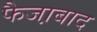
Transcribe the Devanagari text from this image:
फैजा़बाद